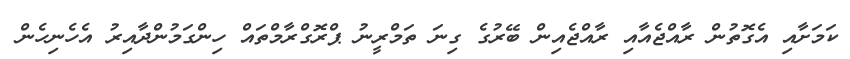
ކަމަށާއި އެގޮތުން ރާއްޖެއާއި ރާއްޖެއިން ބޭރުގެ ގިނަ ތަމްރީނު ޕްރޮގްރާމްތައް ހިންގަމުންދާއިރު އެެހެނިހެން